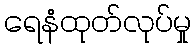
ရေနံထုတ်လုပ်မှု